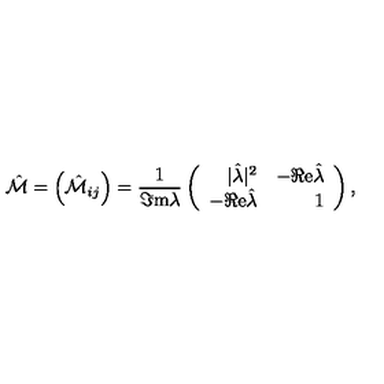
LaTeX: \hat { \cal M } = \left( \hat { \cal M } _ { i j } \right) = \frac { 1 } { \Im \mathrm { m } \lambda } \left( \begin{array} { r r } { | \hat { \lambda } | ^ { 2 } } & { - \Re \mathrm { e } \hat { \lambda } } \\ { - \Re \mathrm { e } \hat { \lambda } } & { 1 } \\ \end{array} \right) ,